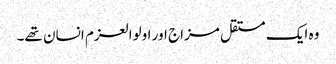
وہ ایک مستقل مزاج اور اولوالعزم انسان تھے۔